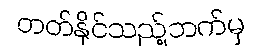
တတ်နိုင်သည့်ဘက်မှ